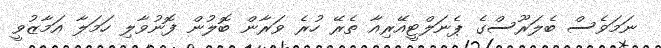
ނަމަވެސް ބެލަރޫސްގެ ޕެނަލްޓީއޭރިއާ ތެރޭ ހުރެ ވަރާން ބޮލުން ފޮނުވާލި ހަމަލާ އަމާޒުވީ